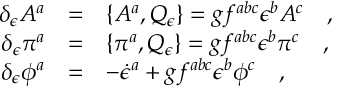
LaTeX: \begin{array} { r c l } { { \delta _ { \epsilon } A ^ { a } } } & { { = } } & { { \{ A ^ { a } , Q _ { \epsilon } \} = g f ^ { a b c } \epsilon ^ { b } A ^ { c } \ \ \ , } } \\ { { \delta _ { \epsilon } \pi ^ { a } } } & { { = } } & { { \{ \pi ^ { a } , Q _ { \epsilon } \} = g f ^ { a b c } \epsilon ^ { b } \pi ^ { c } \ \ \ , } } \\ { { \delta _ { \epsilon } \phi ^ { a } } } & { { = } } & { { - \dot { \epsilon } ^ { a } + g f ^ { a b c } \epsilon ^ { b } \phi ^ { c } \ \ \ , } } \end{array}